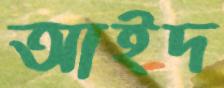
আইদ